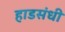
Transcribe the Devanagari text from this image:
हाडसंधी